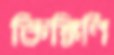
কিঙ্কিণি